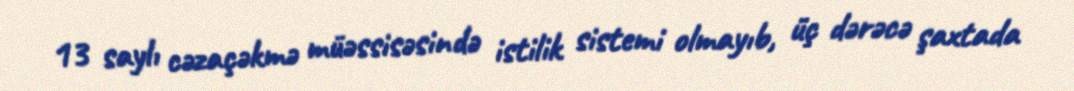
13 saylı cəzaçəkmə müəssisəsində istilik sistemi olmayıb, üç dərəcə şaxtada